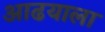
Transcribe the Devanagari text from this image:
आढयाला